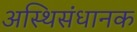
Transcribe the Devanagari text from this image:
अस्थिसंधानक